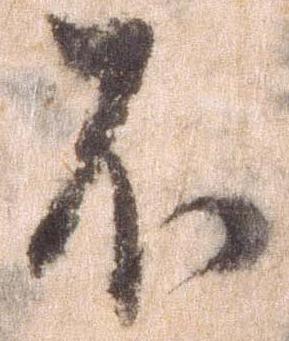
不